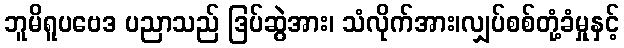
ဘူမိရူပဗေဒ ပညာသည် ဒြပ်ဆွဲအား၊ သံလိုက်အား၊လျှပ်စစ်တုံ့ခံမှုနှင့်